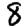
Digit: 8